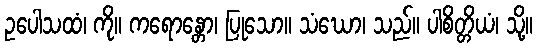
ဥပေါသထံ၊ ကို။ ကရောန္တော၊ ပြုသော။ သံဃော၊ သည်။ ပါစိတ္တိယံ၊ သို့။